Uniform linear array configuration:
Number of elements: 24
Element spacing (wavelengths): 1
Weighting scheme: hamming
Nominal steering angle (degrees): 0
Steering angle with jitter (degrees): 1.743
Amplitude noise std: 0.05
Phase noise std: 0.05

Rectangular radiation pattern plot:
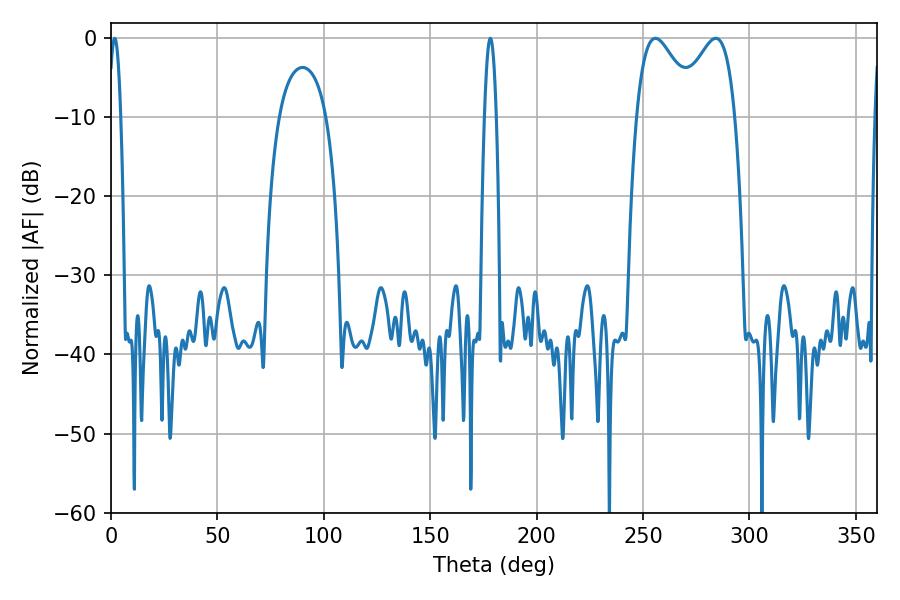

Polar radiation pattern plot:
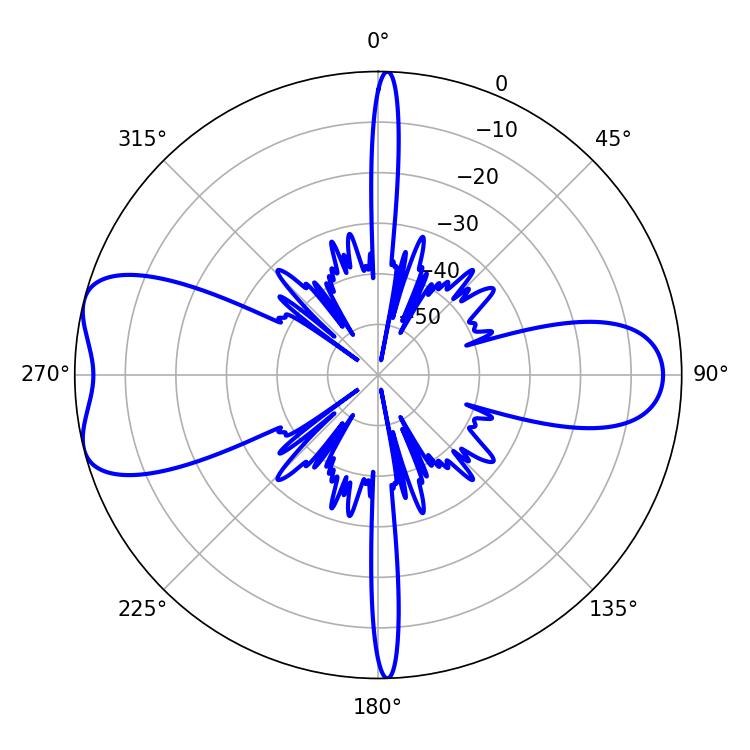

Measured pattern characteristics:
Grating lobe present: TRUE
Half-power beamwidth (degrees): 15.12
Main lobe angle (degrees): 255.78